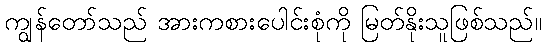
ကျွန်တော်သည် အားကစားပေါင်းစုံကို မြတ်နိုးသူဖြစ်သည်။